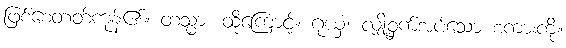
ဖြစ်စေတတ်ကုန်၏။ တသ္မာ၊ ထိုကြောင့်။ ဂုယှံ၊ လျှို့ဝှက်အပ်သော စကားကို။